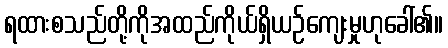
ရထားစသည်တို့ကိုအထည်ကိုယ်ရှိယဉ်ကျေးမှုဟုခေါ်၏။